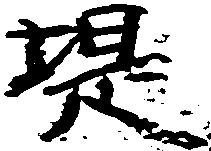
堤